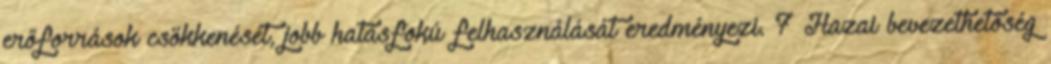
erőforrások csökkenését, jobb hatásfokú felhasználását eredményezi. 7 Hazai bevezethetőség